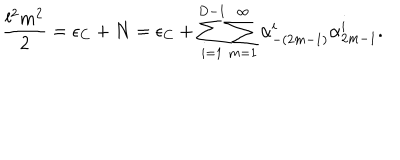
LaTeX: \frac { l ^ { 2 } m ^ { 2 } } { 2 } = \epsilon _ { C } + N = \epsilon _ { C } + \sum _ { i = 1 } ^ { D - 1 } \sum _ { m = 1 } ^ { \infty } \alpha _ { - ( 2 m - 1 ) } ^ { i } \alpha _ { 2 m - 1 } ^ { i } .